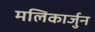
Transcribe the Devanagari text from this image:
मलिकार्जुन